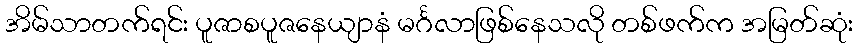
အိမ်သာတက်ရင်း ပူဇာစပူဇနေယျာနံ မင်္ဂလာဖြစ်နေသလို တစ်ဖက်က အမြတ်ဆုံး